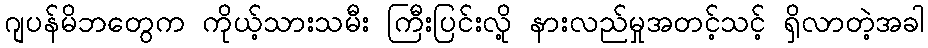
ဂျပန်မိဘတွေက ကိုယ့်သားသမီး ကြီးပြင်းလို့ နားလည်မှုအတင့်သင့် ရှိလာတဲ့အခါ